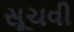
સૂચવી